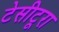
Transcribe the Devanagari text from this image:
टेसीटूरा